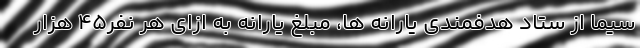
سیما از ستاد هدفمندی یارانه ها، مبلغ یارانه به ازای هر نفر45 هزار